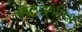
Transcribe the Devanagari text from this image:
बँगलाइंगलिश